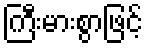
ကြီးမားစွာဖြင့်